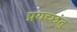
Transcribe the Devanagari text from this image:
प्रयच्छंतु